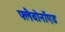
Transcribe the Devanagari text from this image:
फ्लैवोनॉएड